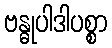
ဗန္ဓုပါဒါပစ္စာ